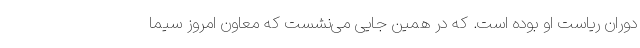
دوران ریاست او بوده است. که در همین جایی می‌نشست که معاون امروز سیما